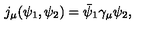
j _ { \mu } ( \psi _ { 1 } , \psi _ { 2 } ) = \bar { \psi } _ { 1 } \gamma _ { \mu } \psi _ { 2 } ,